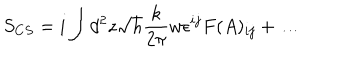
LaTeX: S _ { C S } = i \int d ^ { 2 } z \sqrt { h } { \frac { k } { 2 \pi } } w \epsilon ^ { i j } F ( A ) _ { i j } + \dots